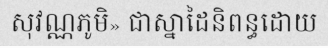
សុវណ្ណភូមិ» ជាស្នាដៃនិពន្ធដោយ